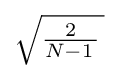
{\textstyle {\sqrt {{\tfrac {2}{N-1\,}}\,}}}